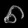
Digit: ၈